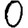
Digit: 0